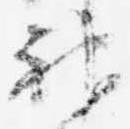
神